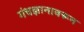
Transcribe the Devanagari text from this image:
गंधज्ञानावरून